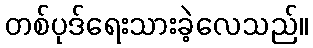
တစ်ပုဒ်ရေးသားခဲ့လေသည်။